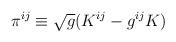
LaTeX: \begin{align*} \pi^{ij}\equiv \sqrt{g}(K^{ij} - g^{ij} K)\end{align*}